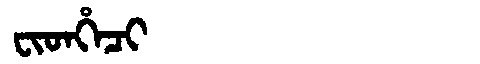
Manchu: ᠸᡳᡨᡥᡝᠴᡳ
Romanization: FITHECI